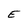
Character: E